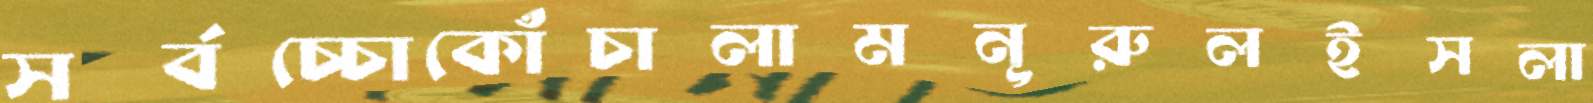
সর্বচ্চোকোঁচালামনূরুলইসলা